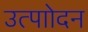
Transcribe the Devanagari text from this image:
उत्पाोदन